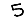
Digit: 5